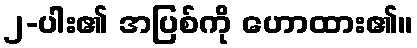
၂-ပါး၏ အပြစ်ကို ဟောထား၏။